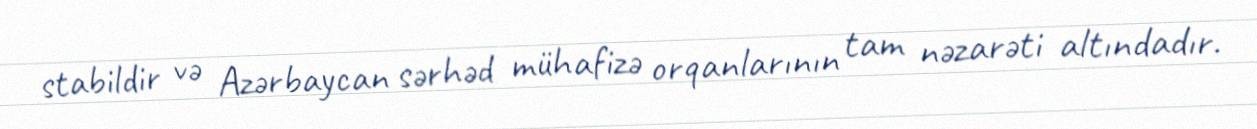
stabildir və Azərbaycan sərhəd mühafizə orqanlarının tam nəzarəti altındadır.